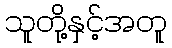
သူတို့နှင့်အတူ